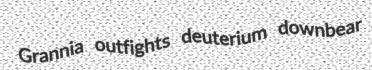
Grannia outfights deuterium downbear